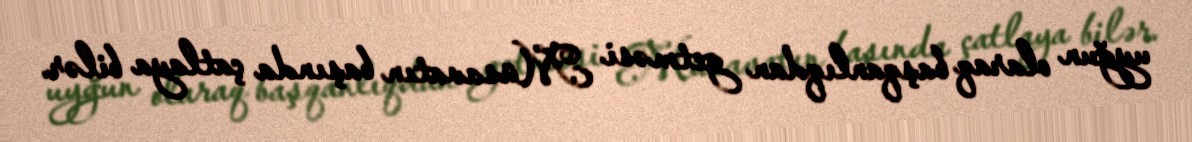
uyğun olaraq başqanlıqdan getməsi Müsavatın başında çatlaya bilər.